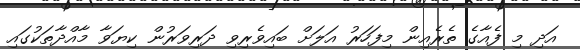
އަދި މި ފެއާގެ ތެރެއިން މިފަހަރު އަލަށް ބައިވެރިވި ދަރިވަރުން ކިޔަވާ މާއްދާތަކުގައި